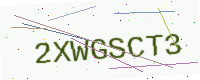
Text: 2XWGSCT3